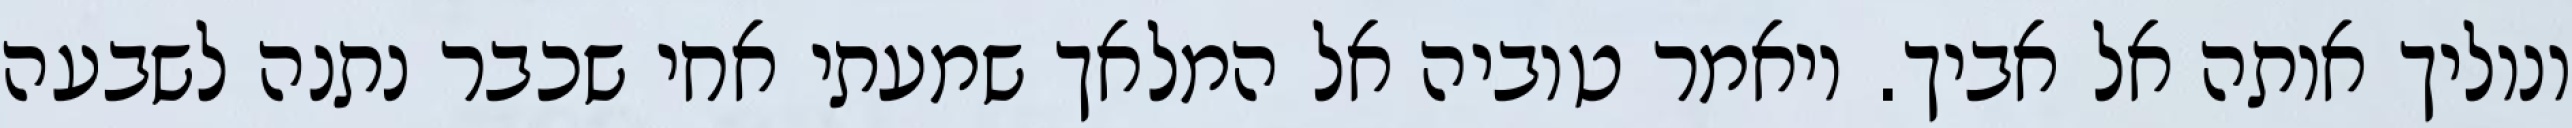
ונוליך אותה אל אביך. ויאמר טוביה אל המלאך שמעתי אחי שכבר נתנה לשבעה